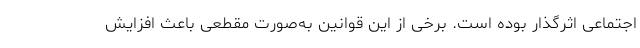
اجتماعی اثرگذار بوده است. برخی از این قوانین به‌صورت مقطعی باعث افزایش